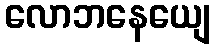
လောဘနေယျေ